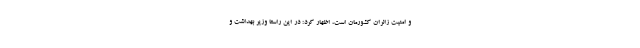
و امنیت زائران کشورمان است، اظهار کرد: در این راستا وزیر بهداشت و